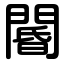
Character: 閽